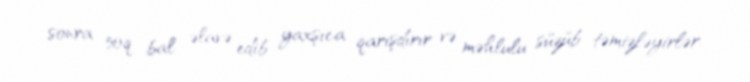
sonra 50q bal əlavə edib yaxşıca qarışdırır və məhlulu süzüb təmizləyirlər.